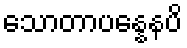
သောတာပန္နေနပိ